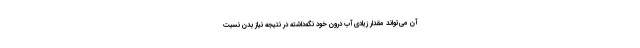
آن می‌تواند مقدار زیادی آب درون خود نگه‌داشته در نتیجه نیاز بدن نسبت